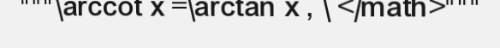
"""\arccot x =\arctan x , \ </math>"""